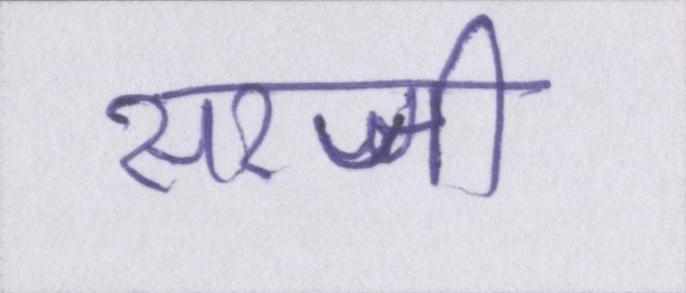
सरजी